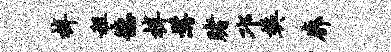
梓租德梓髯赌邛樊廓